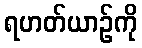
ရဟတ်ယာဉ်ကို